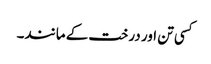
کسی تن اور درخت کے مانند۔